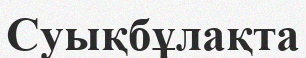
Суықбұлақта